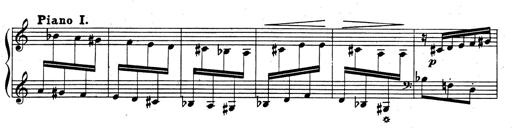
Title: Rhapsodie espagnole
Composer: Franz Liszt